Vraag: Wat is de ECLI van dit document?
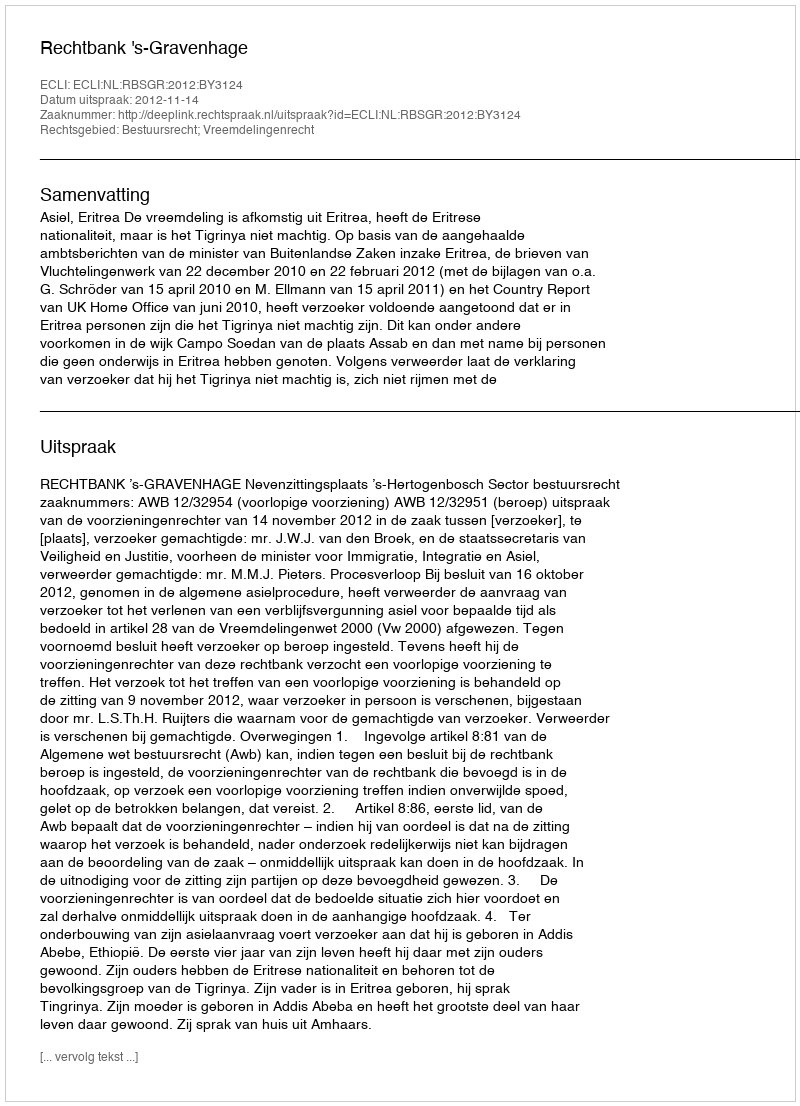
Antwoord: ECLI:NL:RBSGR:2012:BY3124